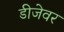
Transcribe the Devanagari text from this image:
डीजेवर